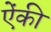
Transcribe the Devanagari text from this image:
ऐंकी